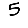
Digit: 5